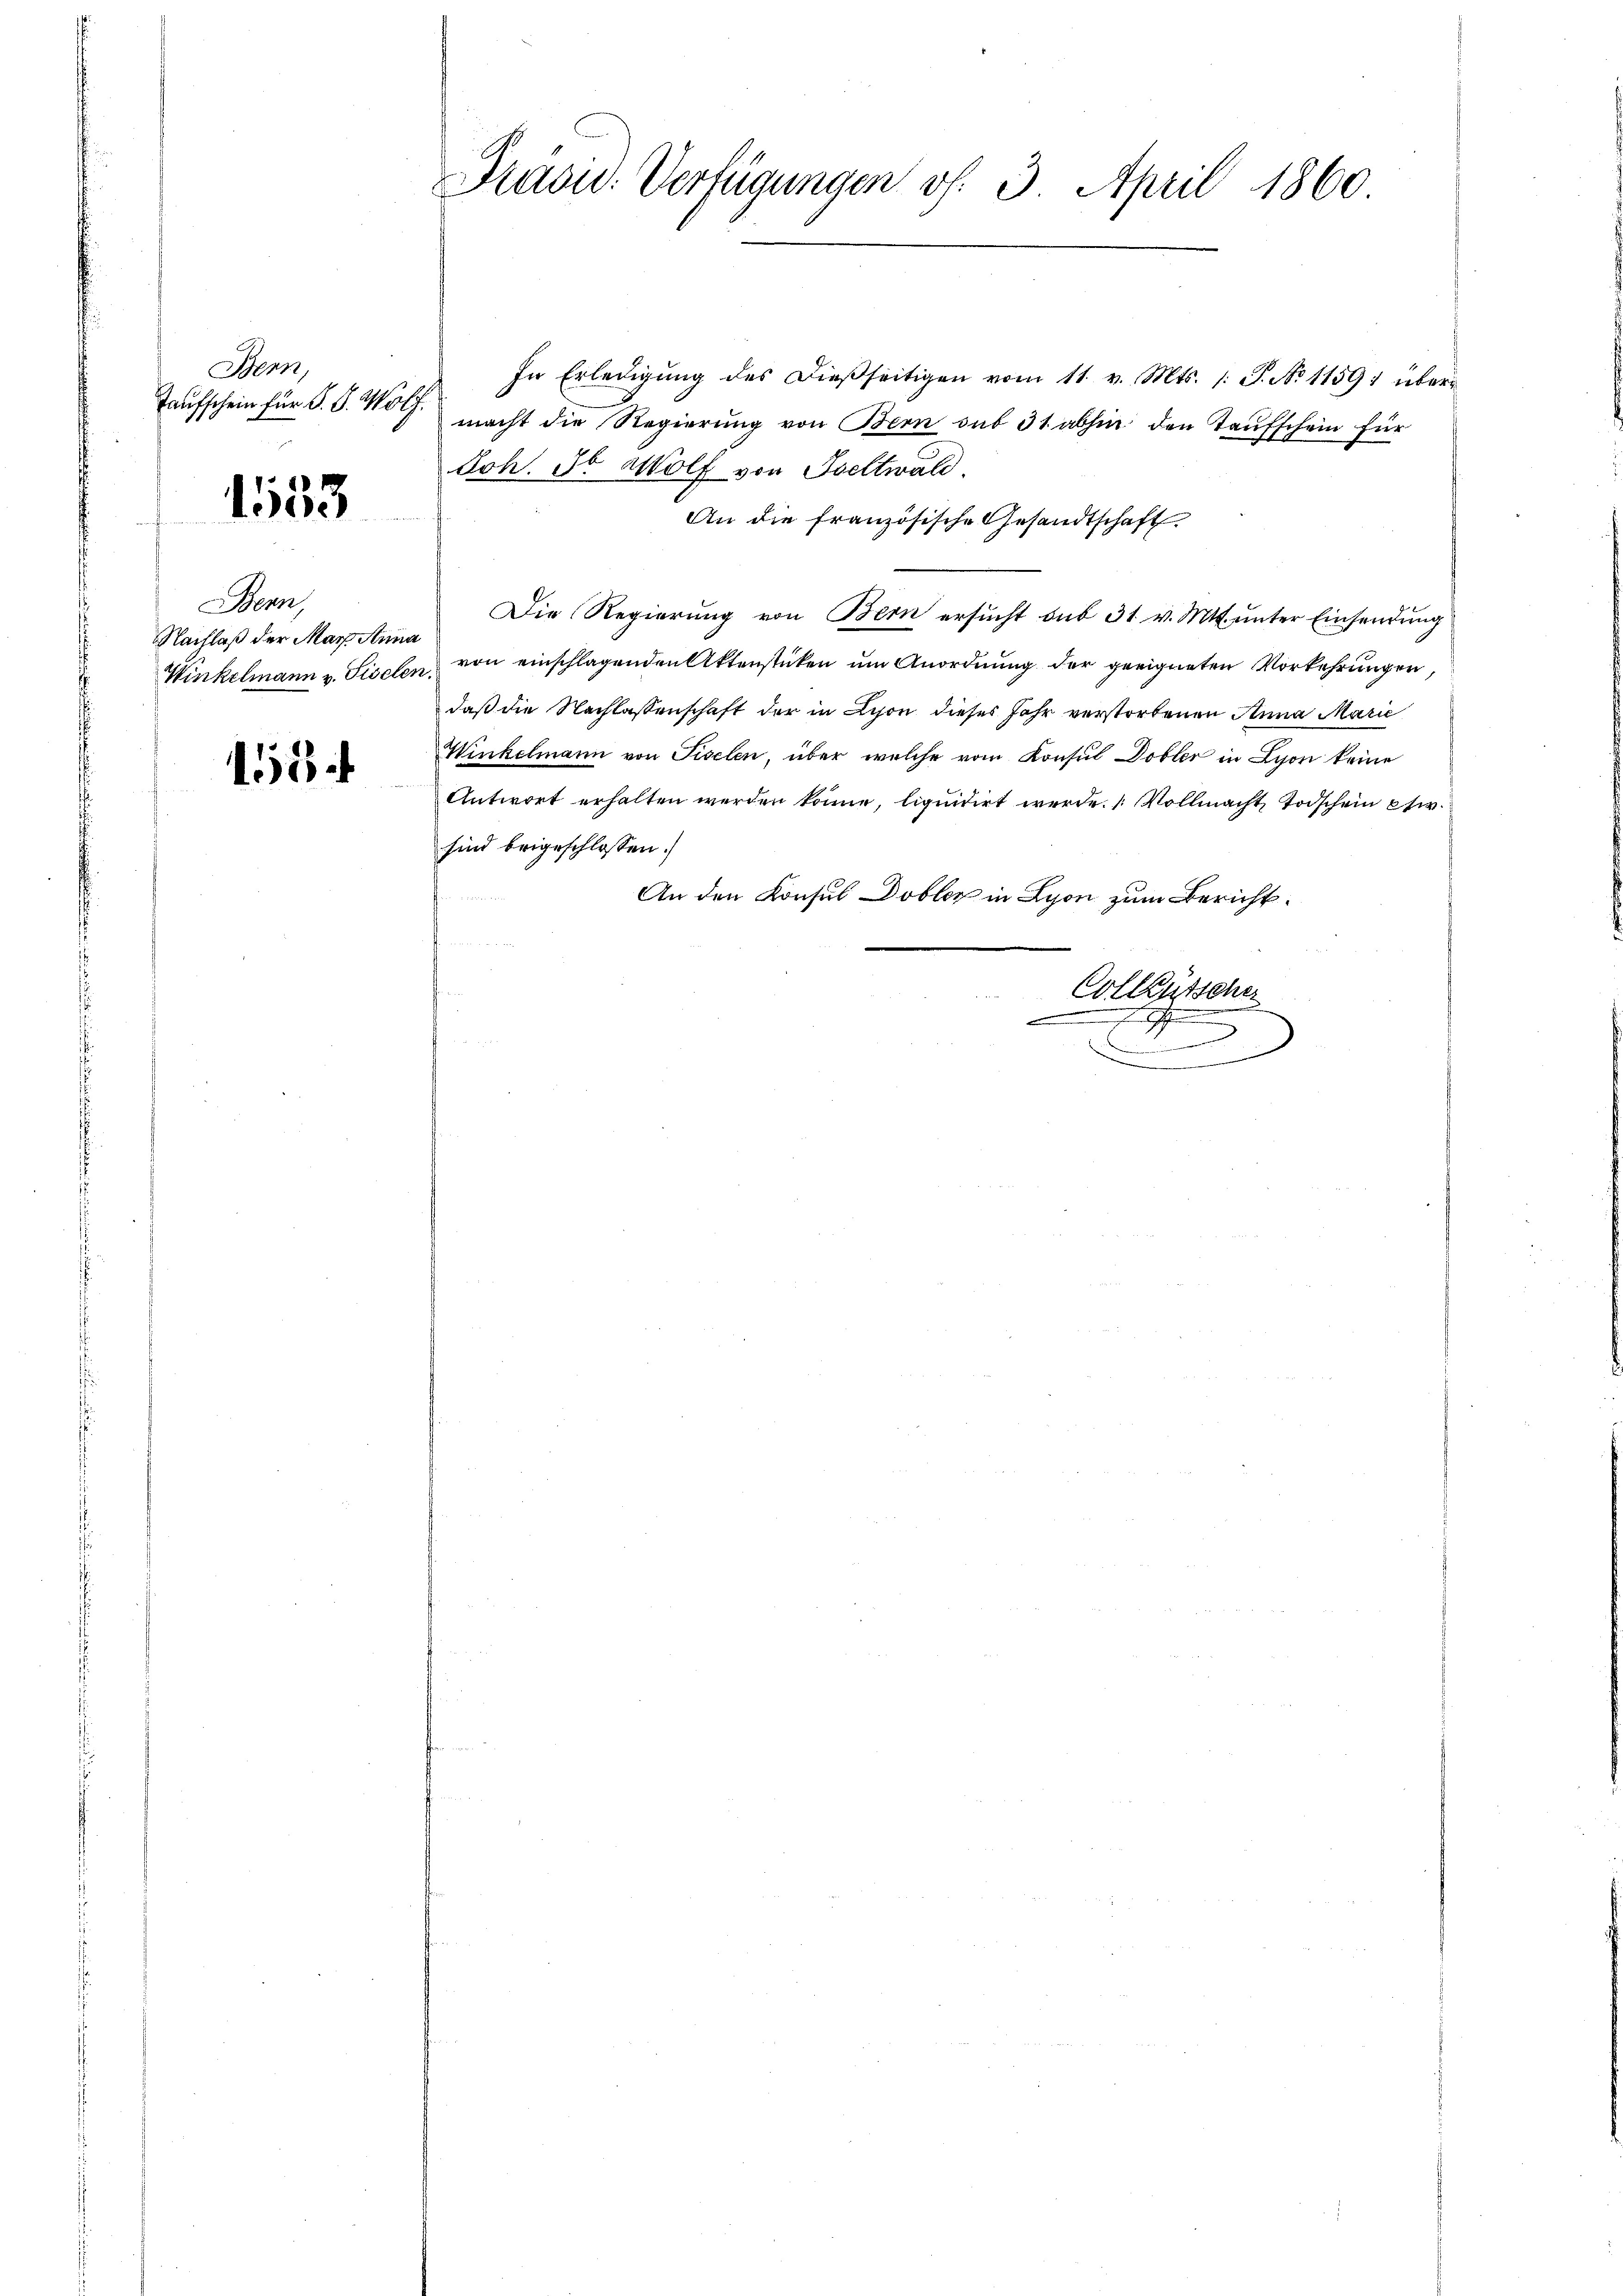
Bern,
Taufschein für S. S. Wolf.

1533

Bern,
NNachlaß der Mar. Anna
Winkelmann v. Giselen.

15

Präsu. Verfügungen od. 3. April 1860

In Erledigŭng des dießseitigen vom 11. v. Mts. /: P. No 11591 übermacht die Regierung von Bern sub 31. abhin den Taufschein für
Joh. So Wolf von Fettwald.
An die französische Gesandtschaft
Die Regierung von Bern ersucht sub 31. v. Mtt. unter Einsendung
von einschlagenden Aktenstücken um Anordnung der geeigneten Vorkehrungen,
daß die Nachlassenschaft der in Lyon dieses Jahr verstorbenen Anna Marie
Winkelmann von Fiselen, über welche vom Konsul Dobler in Lyon keine
Antwort erhalten werden könne, liquidirt werde. Vollmacht, Todschein etw
sind beigeschlossen.
An den Konsul Dobler in Lyon zum Bericht.
Colleutscher
d
x